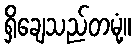
ရှိချေသည်တမုံ့။